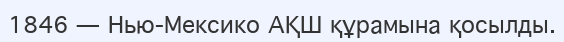
1846 — Нью-Мексико АҚШ құрамына қосылды.